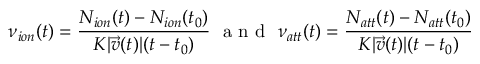
\nu _ { i o n } ( t ) = \frac { N _ { i o n } ( t ) - N _ { i o n } ( t _ { 0 } ) } { K | \vec { v } ( t ) | ( t - t _ { 0 } ) } \, \, \textup { a n d } \, \, \nu _ { a t t } ( t ) = \frac { N _ { a t t } ( t ) - N _ { a t t } ( t _ { 0 } ) } { K | \vec { v } ( t ) | ( t - t _ { 0 } ) }